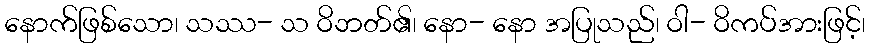
နောက်ဖြစ်သော၊ သဿ- သ ဝိဘတ်၏၊ နော- နော အပြုသည်၊ ဝါ- ဝိကပ်အားဖြင့်၊